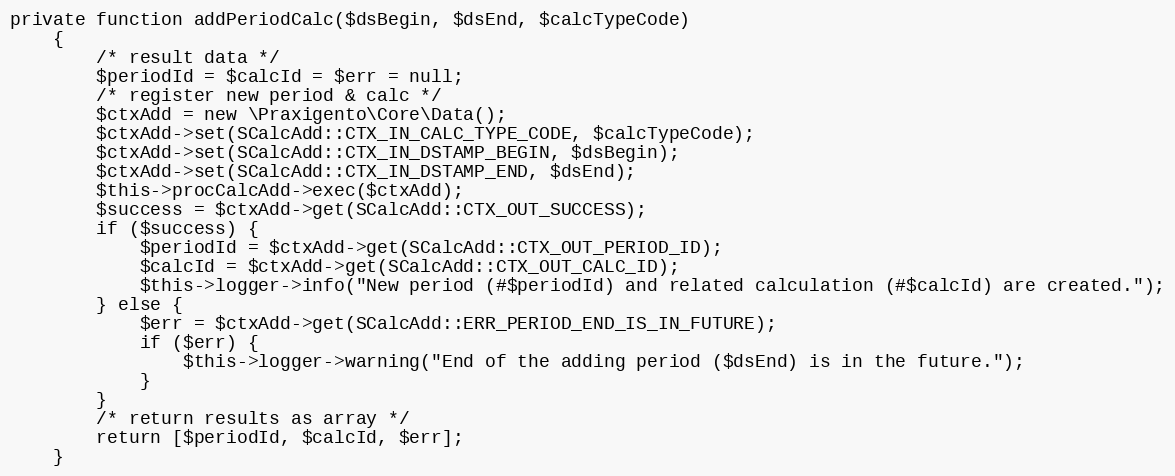
Language: PHP
private function addPeriodCalc($dsBegin, $dsEnd, $calcTypeCode)
    {
        /* result data */
        $periodId = $calcId = $err = null;
        /* register new period & calc */
        $ctxAdd = new \Praxigento\Core\Data();
        $ctxAdd->set(SCalcAdd::CTX_IN_CALC_TYPE_CODE, $calcTypeCode);
        $ctxAdd->set(SCalcAdd::CTX_IN_DSTAMP_BEGIN, $dsBegin);
        $ctxAdd->set(SCalcAdd::CTX_IN_DSTAMP_END, $dsEnd);
        $this->procCalcAdd->exec($ctxAdd);
        $success = $ctxAdd->get(SCalcAdd::CTX_OUT_SUCCESS);
        if ($success) {
            $periodId = $ctxAdd->get(SCalcAdd::CTX_OUT_PERIOD_ID);
            $calcId = $ctxAdd->get(SCalcAdd::CTX_OUT_CALC_ID);
            $this->logger->info("New period (#$periodId) and related calculation (#$calcId) are created.");
        } else {
            $err = $ctxAdd->get(SCalcAdd::ERR_PERIOD_END_IS_IN_FUTURE);
            if ($err) {
                $this->logger->warning("End of the adding period ($dsEnd) is in the future.");
            }
        }
        /* return results as array */
        return [$periodId, $calcId, $err];
    }